画像に写った文字を読んでください
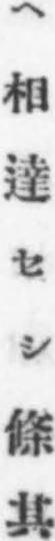
「ヘ相達セシ條其」と書いてあります